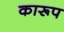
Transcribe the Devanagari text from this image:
कारूप